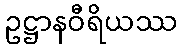
ဥဋ္ဌာနဝီရိယဿ